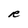
Character: R